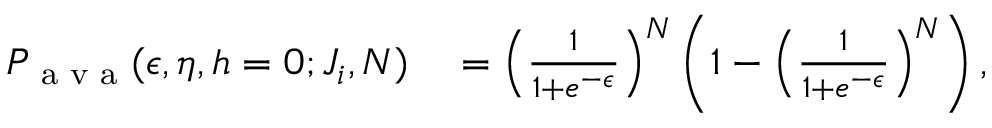
\begin{array} { r l } { P _ { \textrm { a v a } } ( \epsilon , \eta , h = 0 ; J _ { i } , N ) } & { { } = \left( \frac { 1 } { 1 + e ^ { - \epsilon } } \right) ^ { N } \left( 1 - \left( \frac { 1 } { 1 + e ^ { - \epsilon } } \right) ^ { N } \right) , } \end{array}